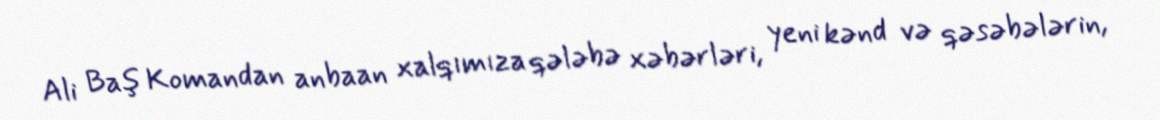
Ali Baş Komandan anbaan xalqımıza qələbə xəbərləri, yeni kənd və qəsəbələrin,